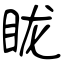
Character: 眬